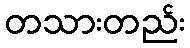
တသားတည်း